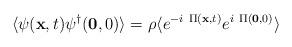
LaTeX: \begin{align*}\langle \psi({\bf{x}},t)\psi^{\dagger}({\bf{0}},0) \rangle = \rho\langle e^{-i\mbox{ }\Pi({\bf{x}},t)}e^{i\mbox{ }\Pi({\bf{0}},0)} \rangle\end{align*}